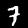
Digit: 7